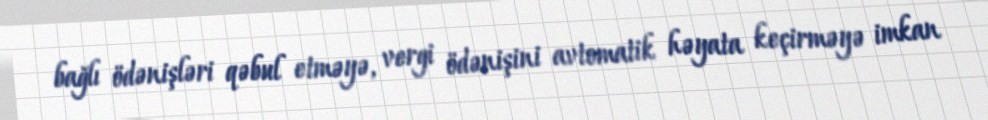
bağlı ödənişləri qəbul etməyə, vergi ödənişini avtomatik həyata keçirməyə imkan